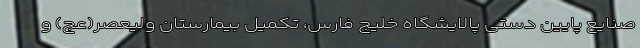
صنایع پایین دستی پالایشگاه خلیج فارس، تکمیل بیمارستان ولیعصر(عج) و